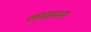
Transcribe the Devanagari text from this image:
लघमन